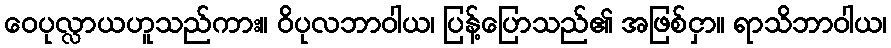
ဝေပုလ္လာယဟူသည်ကား။ ဝိပုလဘာဝါယ၊ ပြန့်ပြောသည်၏ အဖြစ်ငှာ။ ရာသိဘာဝါယ၊